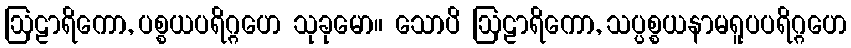
ဩဠာရိကော, ပစ္စယပရိဂ္ဂဟေ သုခုမော။ သောပိ ဩဠာရိကော, သပ္ပစ္စယနာမရူပပရိဂ္ဂဟေ